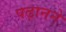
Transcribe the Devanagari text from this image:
पढ़ानने